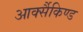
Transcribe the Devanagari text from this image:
आर्क्सैकिण्ड